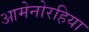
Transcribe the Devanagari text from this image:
आमेनोरहिया